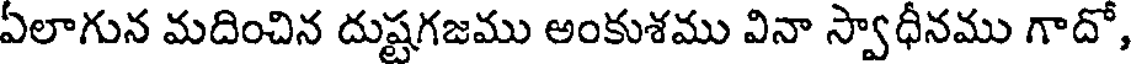
ఏలాగున మదించిన దుష్టగజము అంకుశము వినా స్వాధీనము గాదో,